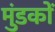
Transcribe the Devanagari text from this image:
मुंडकों